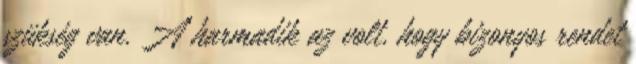
szükség van. A harmadik az volt, hogy bizonyos rendet